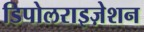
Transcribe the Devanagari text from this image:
डिपोलराइज़ेशन